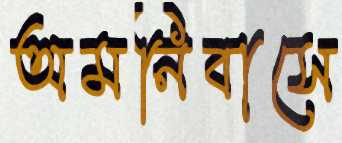
অমনিবাসে